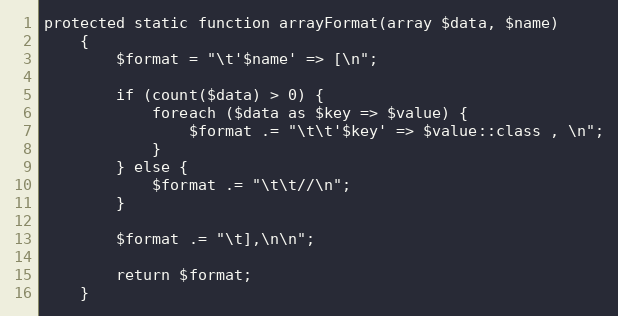
Language: PHP
protected static function arrayFormat(array $data, $name)
    {
        $format = "\t'$name' => [\n";

        if (count($data) > 0) {
            foreach ($data as $key => $value) {
                $format .= "\t\t'$key' => $value::class , \n";
            }
        } else {
            $format .= "\t\t//\n";
        }

        $format .= "\t],\n\n";

        return $format;
    }